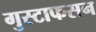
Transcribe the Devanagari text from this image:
गुस्टाफसन